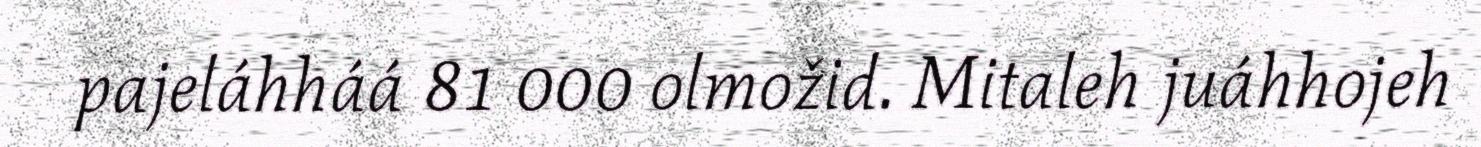
pajeláhháá 81 000 olmožid. Mitaleh juáhhojeh